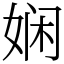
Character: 娴